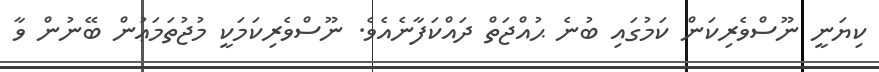
ކިޔަނީ ނޫސްވެރިކަން ކަމުގައި ބުނެ ޙުއްޖަތް ދައްކަފާނެއެވެ. ނޫސްވެރިކަމަކީ މުޖުތަމަޢުން ބޭނުން ވާ